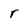
Character: r